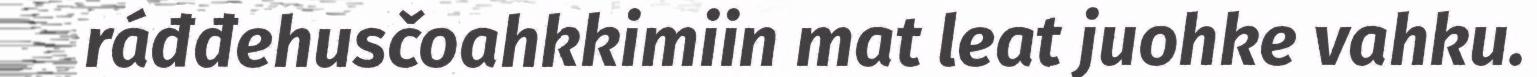
ráđđehusčoahkkimiin mat leat juohke vahku.